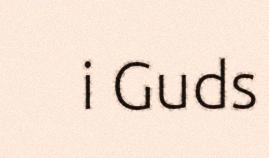
i Guds